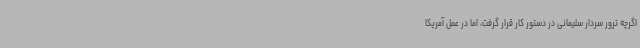
اگرچه ترور سردار سلیمانی در دستور کار قرار گرفت، اما در عمل آمریکا